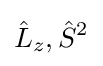
{\hat {L}}_{z},{\hat {S}}^{2}